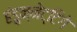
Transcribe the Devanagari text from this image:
हंडुन्नेट्टिगे